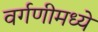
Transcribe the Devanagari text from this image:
वर्गणीमध्ये